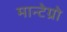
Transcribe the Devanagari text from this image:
मान्टेग्रो